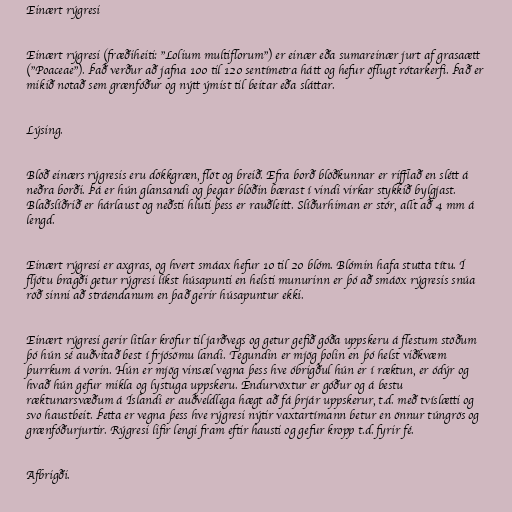
Einært rýgresi

Einært rýgresi (fræðiheiti: "Lolium multiflorum") er einær eða sumareinær jurt af grasaætt
("Poaceae"). Það verður að jafna 100 til 120 sentímetra hátt og hefur öflugt rótarkerfi. Það er
mikið notað sem grænfóður og nýtt ýmist til beitar eða sláttar.

Lýsing.

Blöð einærs rýgresis eru dökkgræn, flöt og breið. Efra borð blöðkunnar er rifflað en slétt á
neðra borði. Þá er hún glansandi og þegar blöðin bærast í vindi virkar stykkið bylgjast.
Blaðslíðrið er hárlaust og neðsti hluti þess er rauðleitt. Slíðurhiman er stór, allt að 4 mm á
lengd.

Einært rýgresi er axgras, og hvert smáax hefur 10 til 20 blóm. Blómin hafa stutta títu. Í
fljótu bragði getur rýgresi líkst húsapunti en helsti munurinn er þó að smáöx rýgresis snúa
röð sinni að stráendanum en það gerir húsapuntur ekki.

Einært rýgresi gerir litlar kröfur til jarðvegs og getur gefið góða uppskeru á flestum stöðum
þó hún sé auðvitað best í frjósömu landi. Tegundin er mjög þolin en þó helst viðkvæm
þurrkum á vorin. Hún er mjög vinsæl vegna þess hve óbrigðul hún er í ræktun, er ódýr og
hvað hún gefur mikla og lystuga uppskeru. Endurvöxtur er góður og á bestu
ræktunarsvæðum á Íslandi er auðveldlega hægt að fá þrjár uppskerur, t.d. með tvíslætti og
svo haustbeit. Þetta er vegna þess hve rýgresi nýtir vaxtartímann betur en önnur túngrös og
grænfóðurjurtir. Rýgresi lifir lengi fram eftir hausti og gefur kropp t.d. fyrir fé.

Afbrigði.